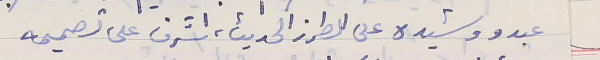
عبدو وشيده على الطرز الحديث، اشرف على تصميمه